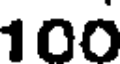
100